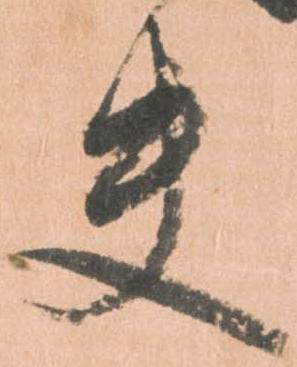
夫